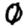
Digit: 0